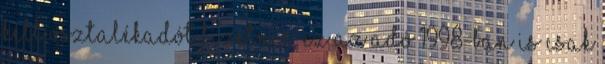
kell osztalékadót fizetnie, ez az adó 1998-ban is csak